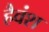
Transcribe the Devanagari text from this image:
हैवंश